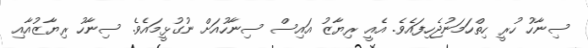
ސިނާހު ހުރީ ހިތްހަމަނުޖެހިފައެވެ. އެއީ ރިޔާޒު އައިސް ސިނާހުއަށް ނުގުޅީމައެވެ. ސިނާހު ރިޔާޒުއާއި